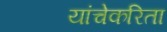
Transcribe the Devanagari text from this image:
यांचेकरिता